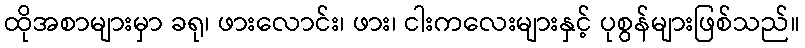
ထိုအစာများမှာ ခရု၊ ဖားလောင်း၊ ဖား၊ ငါးကလေးများနှင့် ပုစွန်များဖြစ်သည်။